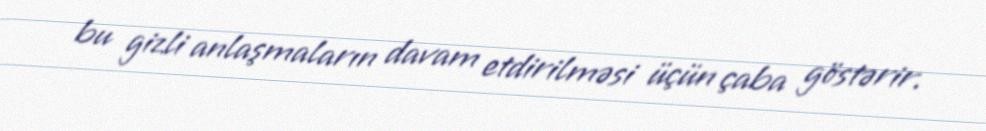
bu gizli anlaşmaların davam etdirilməsi üçün çaba göstərir.